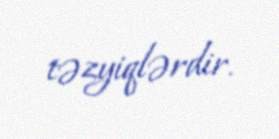
təzyiqlərdir.